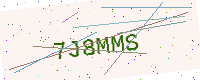
Text: 7J8MMS